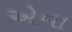
એવા